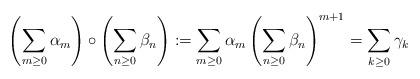
LaTeX: \begin{align*}\left(\sum_{m\geq 0} \alpha_m\right) \circ \left(\sum_{n \geq 0} \beta_n\right):= \sum_{m \geq 0} \alpha_m \left(\sum_{n \geq 0} \beta_n \right)^{m+1} = \sum_{k \geq 0} \gamma_k \end{align*}